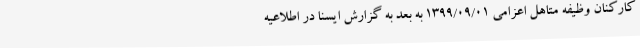
کارکنان وظیفه متاهل اعزامی 1399/09/01 به بعد به گزارش ایسنا در اطلاعیه